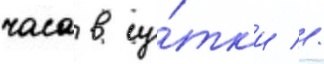
часа в су́тк'и //